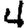
Digit: 4